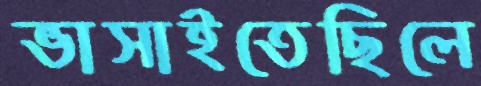
ভাসাইতেছিলে